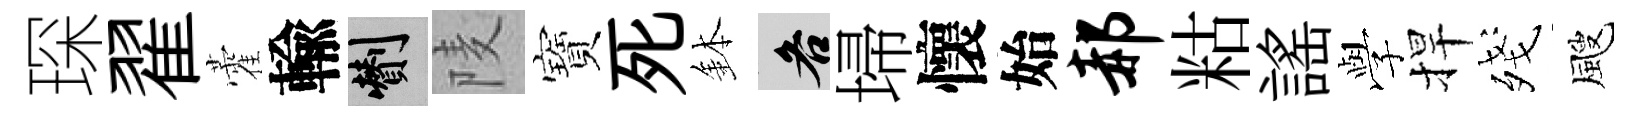
琛翟藿輸剪𨹧寶死鉢各埽懷始郝䊀謡𫝯捍殘颼